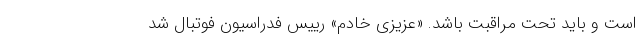
است و باید تحت مراقبت باشد. «عزیزی‌ خادم» رییس فدراسیون فوتبال شد